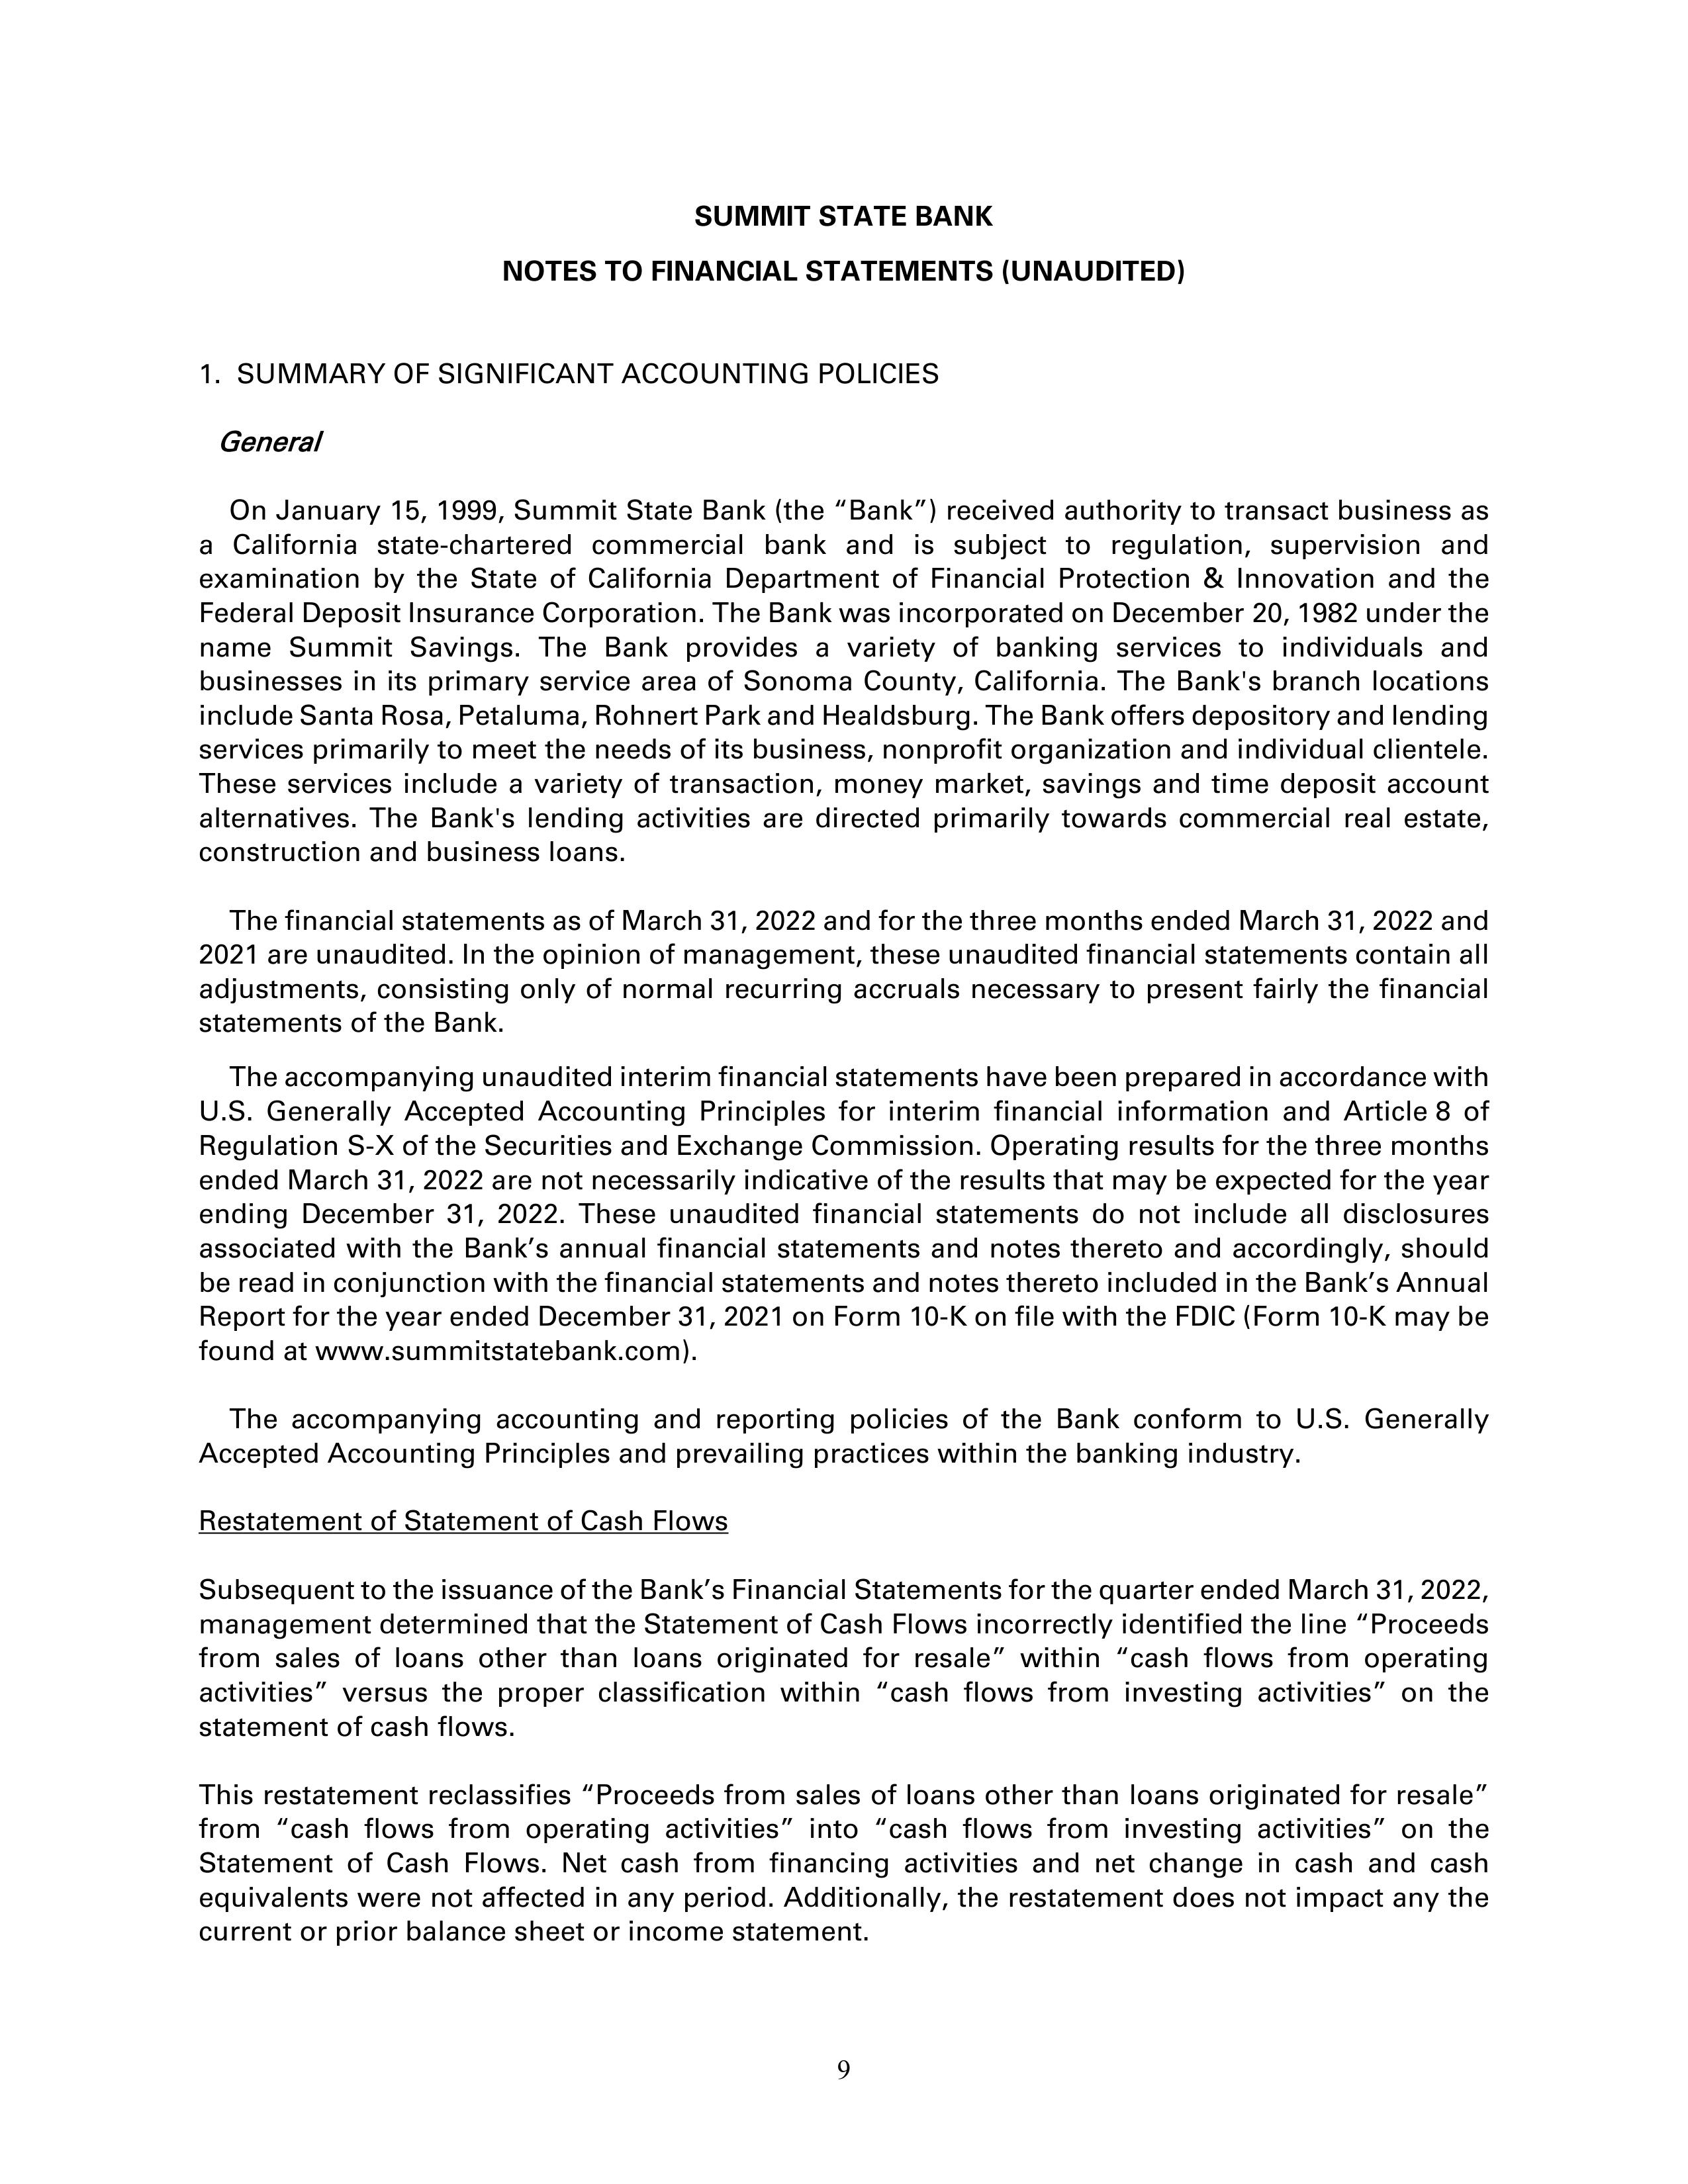
SUMMIT STATE BANK
NOTES TO FINANCIAL STATEMENTS (UNAUDITED)

1.  SUMMARY OF SIGNIFICANT ACCOUNTING POLICIES

General

On January 15, 1999, Summit State Bank (the “Bank”) received authority to transact business as
a California state-chartered commercial bank and is subject to regulation, supervision and
examination by the State of California Department of Financial Protection & Innovation and the
Federal Deposit Insurance Corporation. The Bank was incorporated on December 20, 1982 under the
name Summit Savings. The Bank provides a variety of banking services to individuals and
businesses in its primary service area of Sonoma County, California. The Bank’s branch locations
include Santa Rosa, Petaluma, Rohnert Park and Healdsburg. The Bank offers depository and lending
services primarily to meet the needs of its business, nonprofit organization and individual clientele.
These services include a variety of transaction, money market, savings and time deposit account
alternatives. The Bank’s lending activities are directed primarily towards commercial real estate,
construction and business loans.

The financial statements as of March 31, 2022 and for the three months ended March 31, 2022 and
2021 are unaudited. In the opinion of management, these unaudited financial statements contain all
adjustments, consisting only of normal recurring accruals necessary to present fairly the financial
statements of the Bank.

The accompanying unaudited interim financial statements have been prepared in accordance with
U.S. Generally Accepted Accounting Principles for interim financial information and Article 8 of
Regulation S-X of the Securities and Exchange Commission. Operating results for the three months
ended March 31, 2022 are not necessarily indicative of the results that may be expected for the year
ending December 31, 2022. These unaudited financial statements do not include all disclosures
associated with the Bank’s annual financial statements and notes thereto and accordingly, should
be read in conjunction with the financial statements and notes thereto included in the Bank’s Annual
Report for the year ended December 31, 2021 on Form 10-K on file with the FDIC (Form 10-K may be
found at www.summitstatebank.com).

The accompanying accounting and reporting policies of the Bank conform to U.S. Generally
Accepted Accounting Principles and prevailing practices within the banking industry.

Restatement of Statement of Cash Flows

Subsequent to the issuance of the Bank’s Financial Statements for the quarter ended March 31, 2022,
management determined that the Statement of Cash Flows incorrectly identified the line “Proceeds
from sales of loans other than loans originated for resale” within “cash flows from operating
activities” versus the proper classification within “cash flows from investing activities” on the
statement of cash flows.

This restatement reclassifies “Proceeds from sales of loans other than loans originated for resale”
from “cash flows from operating activities” into “cash flows from investing activities” on the
Statement of Cash Flows. Net cash from financing activities and net change in cash and cash
equivalents were not affected in any period. Additionally, the restatement does not impact any
current or prior balance sheet or income statement.

9